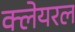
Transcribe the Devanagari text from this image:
क्लेयरल